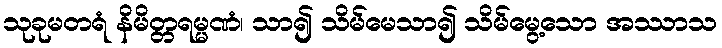
သုခုမတရံ နိမိတ္တရမ္မဏံ၊ သာ၍ သိမ်မေသာ၍ သိမ်မွေ့သော အဿာသ